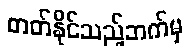
တတ်နိုင်သည့်ဘက်မှ